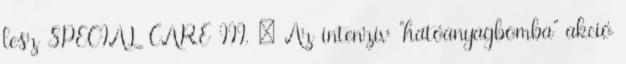
lesz SPECIAL CARE III. – Az intenzív “hatóanyagbomba” akció